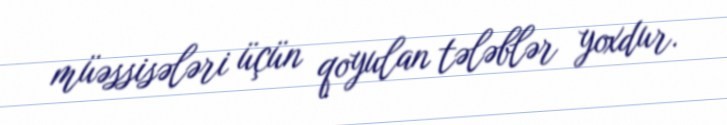
müəssisələri üçün qoyulan tələblər yoxdur.